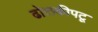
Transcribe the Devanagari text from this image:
ढोलकीपटू